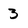
Character: 3